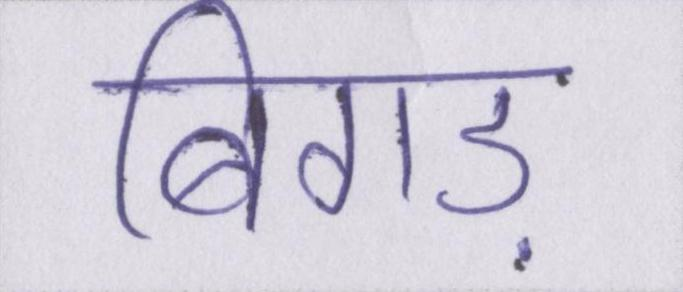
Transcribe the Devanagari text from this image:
बिगड़